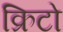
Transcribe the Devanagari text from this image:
क्रिटो